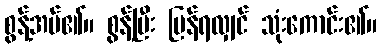
စွန့်အပ်၏။ စွန့်ပြီး ပြန်ရလျှင် သုံးကောင်း၏။